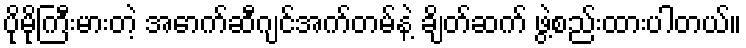
ပိုမိုကြီးမားတဲ့ အောက်ဆီဂျင်အက်တမ်နဲ့ ချိတ်ဆက် ဖွဲ့စည်းထားပါတယ်။